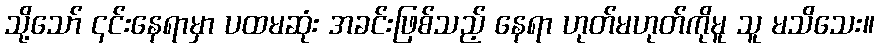
သို့သော် ၎င်းနေရာမှာ ပထမဆုံး အခင်းဖြစ်သည့် နေရာ ဟုတ်မဟုတ်ကိုမူ သူ မသိသေး။